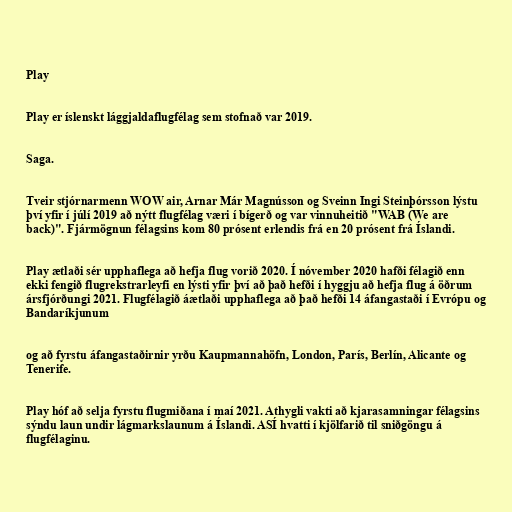
Play

Play er íslenskt lággjaldaflugfélag sem stofnað var 2019.

Saga.

Tveir stjórnarmenn WOW air, Arnar Már Magnússon og Sveinn Ingi Steinþórsson lýstu
því yfir í júlí 2019 að nýtt flugfélag væri í bígerð og var vinnuheitið "WAB (We are
back)". Fjármögnun félagsins kom 80 prósent erlendis frá en 20 prósent frá Íslandi.

Play ætlaði sér upphaflega að hefja flug vorið 2020. Í nóvember 2020 hafði félagið enn
ekki fengið flugrekstrarleyfi en lýsti yfir því að það hefði í hyggju að hefja flug á öðrum
ársfjórðungi 2021. Flugfélagið áætlaði upphaflega að það hefði 14 áfangastaði í Evrópu og
Bandaríkjunum

og að fyrstu áfangastaðirn­ir yrðu Kaupmannahöfn, London, París, Berlín, Alicante og
Tenerife.

Play hóf að selja fyrstu flugmiðana í maí 2021. Athygli vakti að kjarasamningar félagsins
sýndu laun undir lágmarkslaunum á Íslandi. ASÍ hvatti í kjölfarið til sniðgöngu á
flugfélaginu.